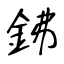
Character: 鉘